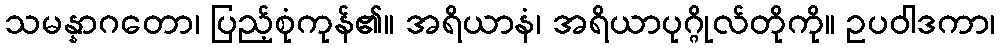
သမန္နာဂတော၊ ပြည့်စုံကုန်၏။ အရိယာနံ၊ အရိယာပုဂ္ဂိုလ်တိုကို။ ဥပဝါဒကာ၊